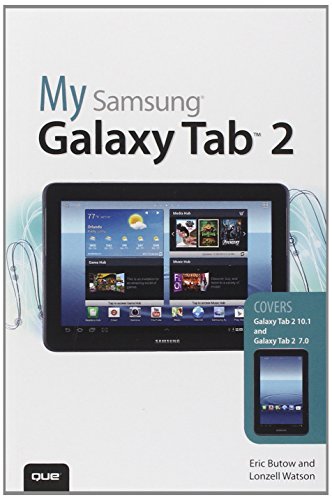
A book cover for My Samsung Galaxy Tab 2 (2nd Edition); Eric Butow; Computers & Technology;